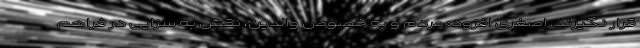
قرار نگیرند. اصغری افزود: مردم و به خصوص والدین، نقش به سزایی در فراهم